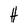
Character: H